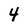
Character: 4